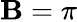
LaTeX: \mathbf{B}=\pi